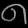
Digit: ၈